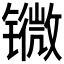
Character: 𨱖